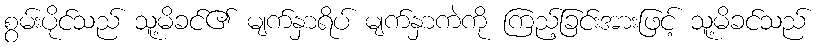
စွမ်းပိုင်သည် သူ့မိခင်၏ မျက်နှာရိပ် မျက်နှာကဲကို ကြည့်ခြင်းအားဖြင့် သူ့မိခင်သည်